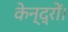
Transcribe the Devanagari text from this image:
केन्द्रों।